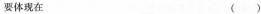
要体现在 （）